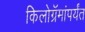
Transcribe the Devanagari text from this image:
किलोग्रॅमांपर्यंत